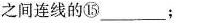
之间连线的⑮___；